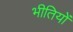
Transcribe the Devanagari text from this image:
भीतियों